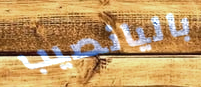
باليانصيب